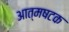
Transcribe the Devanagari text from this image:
आत्मषटक